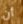
أن